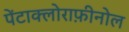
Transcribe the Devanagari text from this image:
पेंटाक्लोराफ़ीनोल